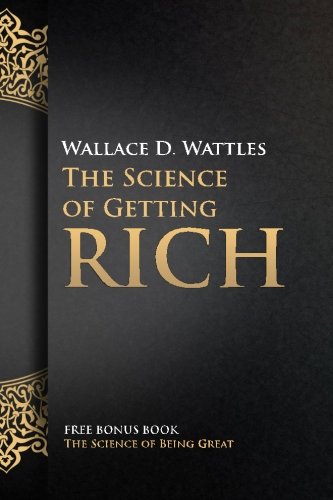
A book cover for The Science of Getting Rich: with The Science of Being Great; Wallace D Wattles; Business & Money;